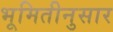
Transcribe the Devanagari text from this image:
भूमितीनुसार